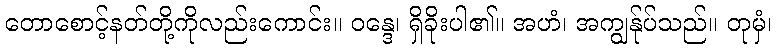
တောစောင့်နတ်တို့ကိုလည်းကောင်း။ ဝန္ဒေ၊ ရှိခိုးပါ၏။ အဟံ၊ အကျွန်ုပ်သည်။ တုမှံ၊